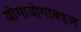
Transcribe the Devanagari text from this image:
योगायोगाबद्दल